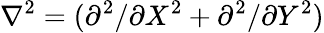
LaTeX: \nabla^{2}=(\partial^{2}/\partial X^{2}+\partial^{2}/\partial Y^{2})